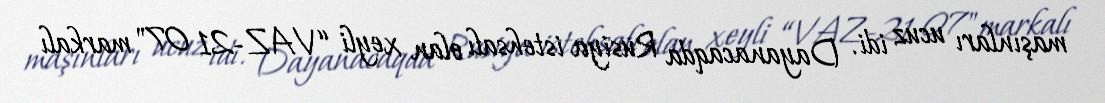
maşınları ucuz idi. Dayanacaqda Rusiya istehsalı olan xeyli “VAZ-21 07" markalı